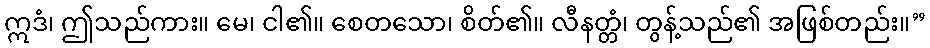
ဣဒံ၊ ဤသည်ကား။ မေ၊ ငါ၏။ စေတသော၊ စိတ်၏။ လီနတ္တံ၊ တွန့်သည်၏ အဖြစ်တည်း။”